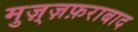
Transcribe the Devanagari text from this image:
मुज़्ज़फ़राबाद